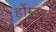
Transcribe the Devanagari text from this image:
र्होम्बस